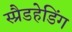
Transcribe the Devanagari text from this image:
स्प्रैडहेडिंग